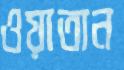
ওয়াতান